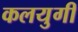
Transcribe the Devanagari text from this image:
कलयुगीं